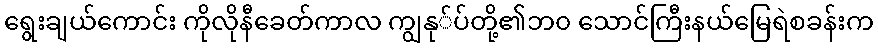
ရွေးချယ်ကောင်း ကိုလိုနီခေတ်ကာလ ကျွနု်ပ်တို့၏ဘ၀ သောင်ကြီးနယ်မြေရဲစခန်းက